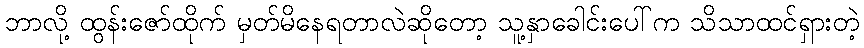
ဘာလို့ ထွန်းဇော်ထိုက် မှတ်မိနေရတာလဲဆိုတော့ သူ့နှာခေါင်းပေါ်က သိသာထင်ရှားတဲ့